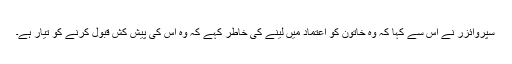
سُپروائزر نے اُس سے کہا کہ وہ خاتون کو اعتماد میں لینے کی خاطر کہے کہ وہ اس کی پیش کش قبول کرنے کو تیار ہے۔